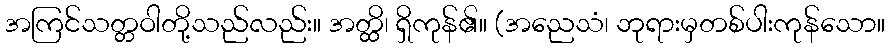
အကြင်သတ္တဝါတို့သည်လည်း။ အတ္ထိ၊ ရှိကုန်၏။ (အညေသံ၊ ဘုရားမှတစ်ပါးကုန်သော။